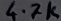
Text: 4.7K